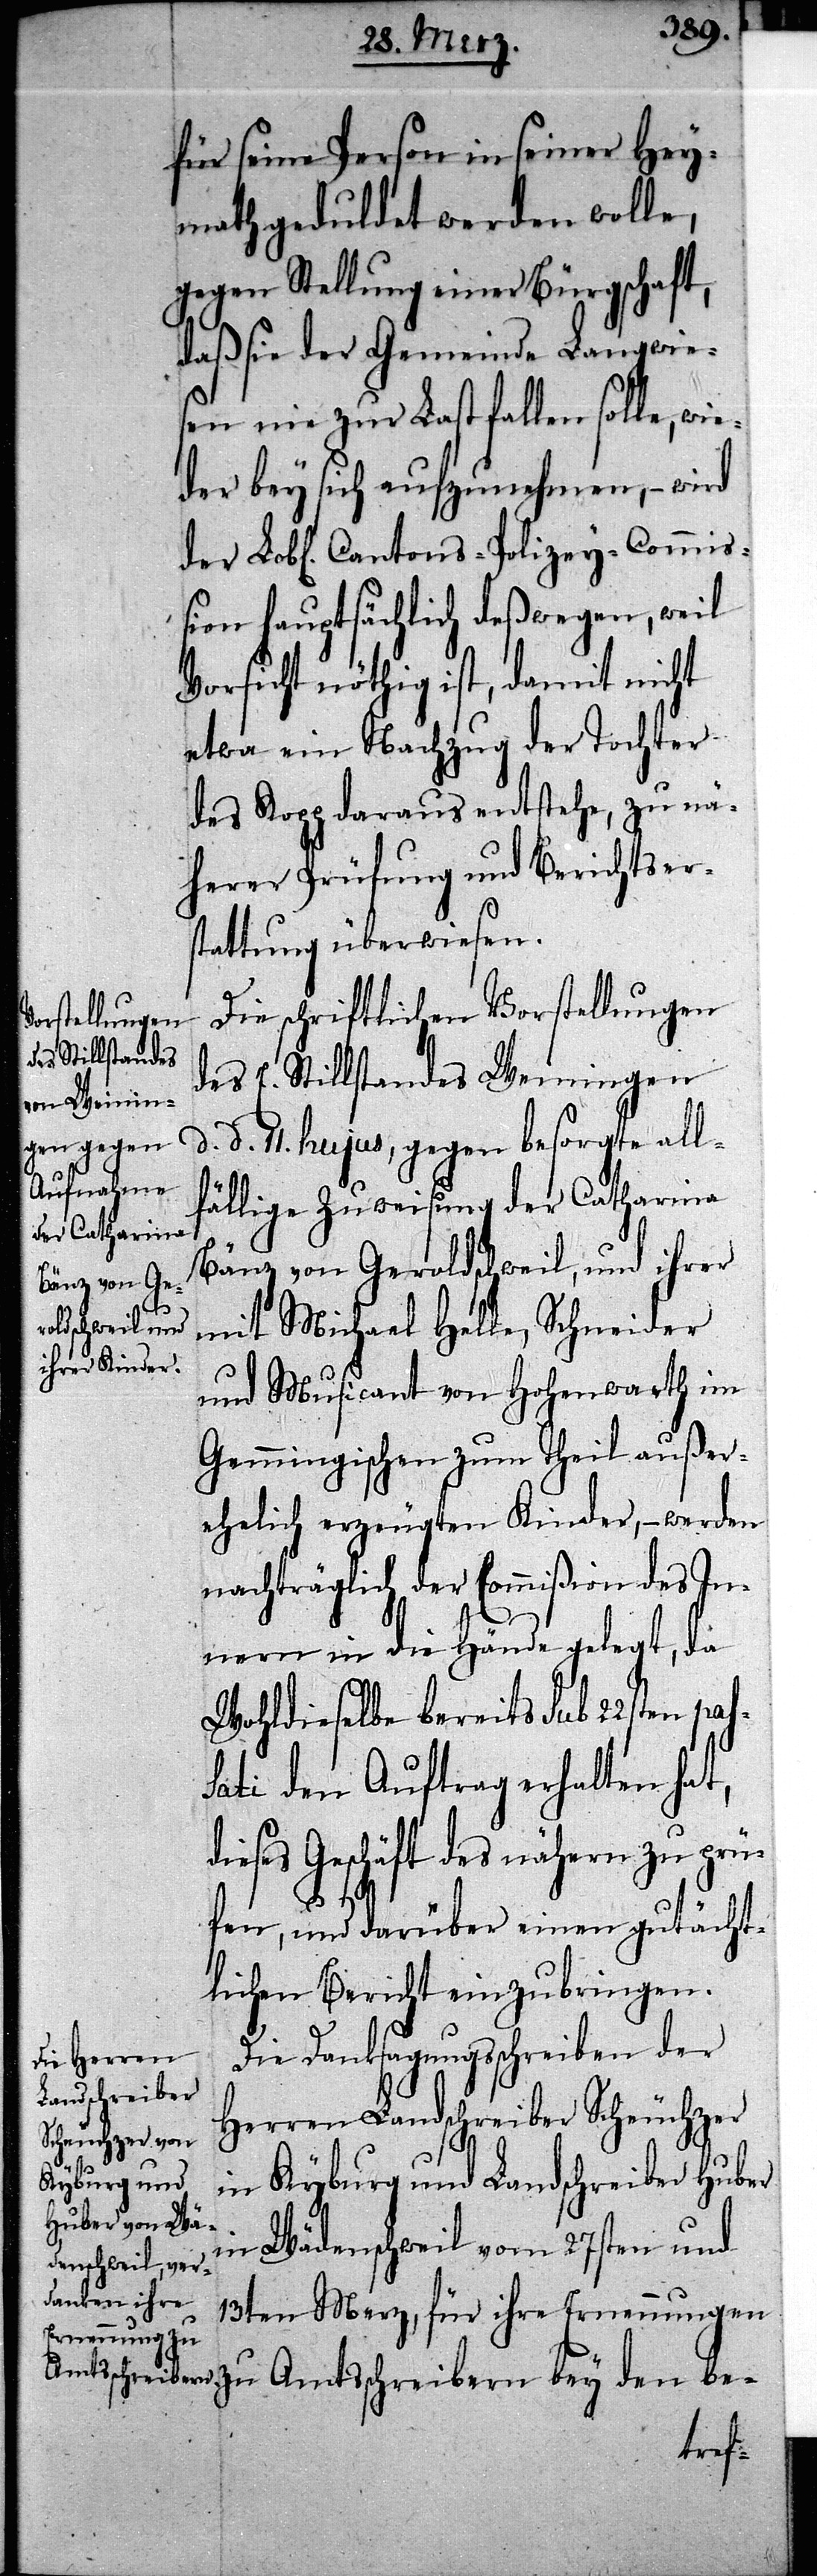
für seine Person in seiner Hey¬
math geduldet werden wolle,
gegen Stellung einer Bürgschaft,
d.
daß sie der Gemeinde Langwie¬
sen nie zur Last fallen solle, wie¬
der bey sich aufzunehmen, – wird
ßion hauptsächlich deßwegen, weil
Vorsicht nöthig ist, damit nicht
etwa ein Nachzug der Tochter
des Kopp daraus entstehe, zu nä¬
herer Prüfung und Berichtser¬
stattung überwiesen.
Die schriftlichen Vorstellungen
des E. Stillstandes Weiningen
d. 11. hujus, gegen besorgte all¬
fällige Zuweisung der Catharina
Bänz von Geroldschweil und ihrer
mit Michael Helle, Schneider
und Musicant von Hohenwarth im
Gemmingischen zum Theil außer¬
ehelich erzeugten Kinder, – werden
nachträglich der Commißion des In¬
nern in die Hände gelegt, da
Wohldieselbe bereits sub 22sten pas¬
sati den Auftrag erhalten hat,
dieses Geschäft des nähern zu prü¬
den
fen, und darüber einen gutächt¬
lichen Bericht einzubringen.
Die Danksagungsschreiben der
Amtsschreibern
Herren Landschreiber Scheuchzer
in Kyburg und Landschreiber Huber
in Wädenschweil vom 27sten und
13ten Merz, für ihre Ernennungen